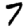
Digit: 7